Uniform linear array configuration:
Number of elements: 32
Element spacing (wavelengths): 0.75
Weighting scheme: kaiser
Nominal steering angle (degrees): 60
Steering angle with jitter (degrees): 60.821
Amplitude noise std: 0.05
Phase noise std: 0.05

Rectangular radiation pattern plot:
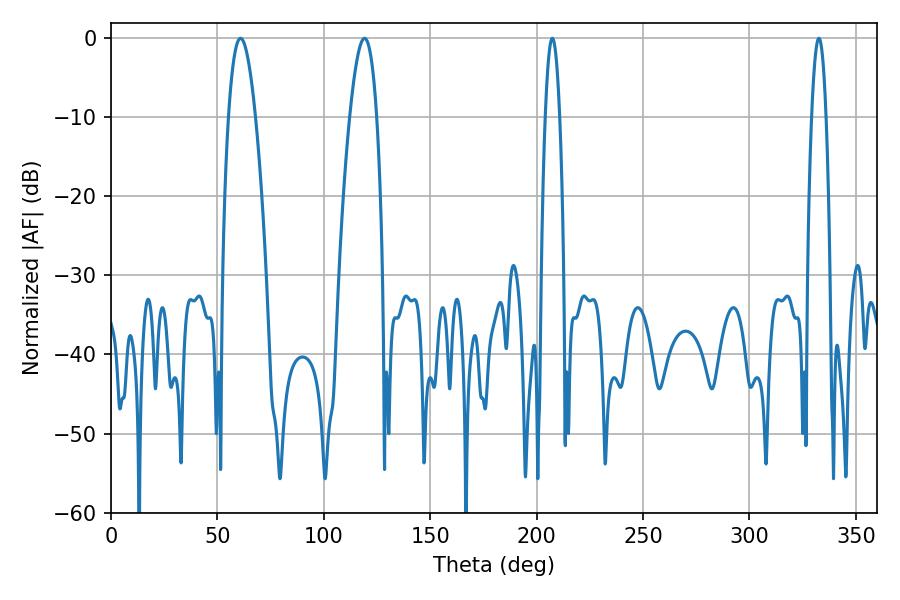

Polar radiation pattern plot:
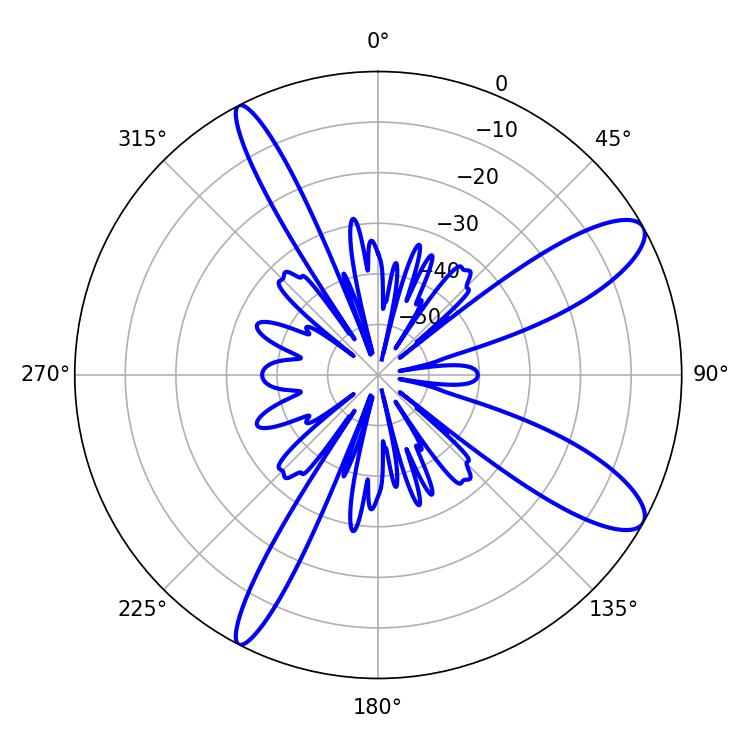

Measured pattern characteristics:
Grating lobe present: TRUE
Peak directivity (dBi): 10.86
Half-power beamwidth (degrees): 7.02
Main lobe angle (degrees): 60.84